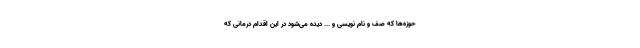
حوزه‌ها که صف و نام نویسی و ... دیده می‌شود در این اقدام درمانی که